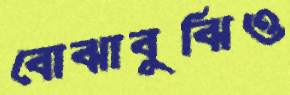
বোঝাবুঝিও